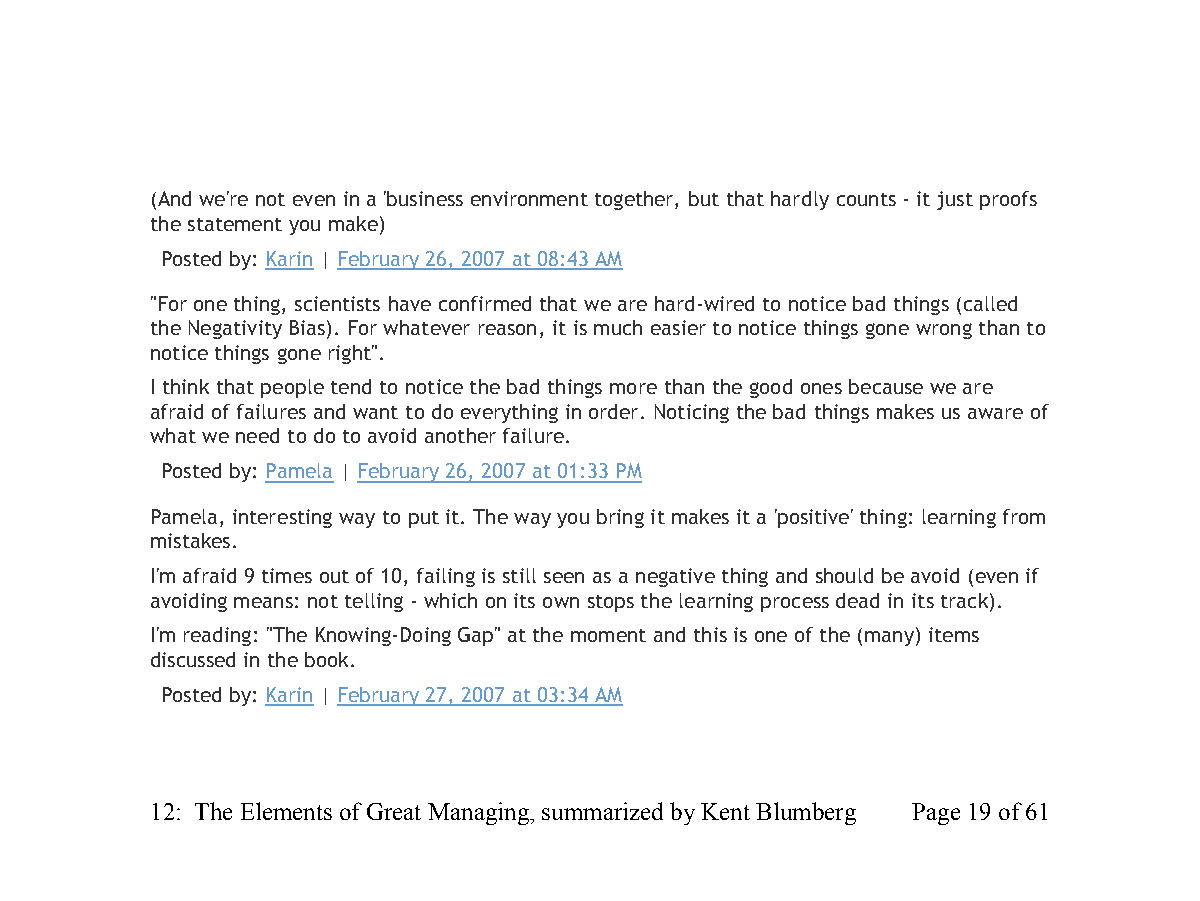
(And we're not even in a 'business environment together, but that hardly counts - it just proofs
 the statement you make)
 Posted by: Karin | February 26, 2007 at 08:43 AM
 "For one thing, scientists have confirmed that we are hard-wired to notice bad things (called
 the Negativity Bias). For whatever reason, it is much easier to notice things gone wrong than to
 notice things gone right".
 I think that people tend to notice the bad things more than the good ones because we are
 afraid of failures and want to do everything in order. Noticing the bad things makes us aware of
 what we need to do to avoid another failure.
 Posted by: Pamela | February 26, 2007 at 01:33 PM
 Pamela, interesting way to put it. The way you bring it makes it a 'positive' thing: learning from
 mistakes.
 I'm afraid 9 times out of 10, failing is still seen as a negative thing and should be avoid (even if
 avoiding means: not telling - which on its own stops the learning process dead in its track).
 I'm reading: "The Knowing-Doing Gap" at the moment and this is one of the (many) items
 discussed in the book.
 Posted by: Karin | February 27, 2007 at 03:34 AM
 12: The Elements of Great Managing, summarized by Kent Blumberg Page 19 of 61